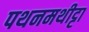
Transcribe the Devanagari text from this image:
पथनमथीट्टा